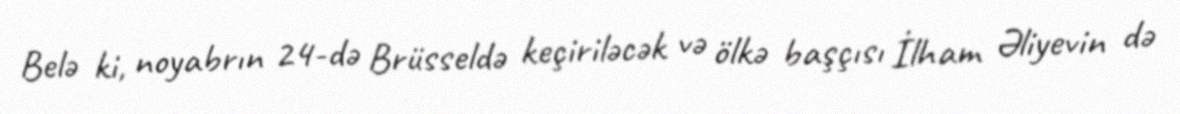
Belə ki, noyabrın 24-də Brüsseldə keçiriləcək və ölkə başçısı İlham Əliyevin də